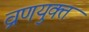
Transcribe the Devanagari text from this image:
व्रणयुक्त